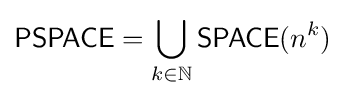
{\mathsf {PSPACE}}=\bigcup _{k\in \mathbb {N} }{\mathsf {SPACE}}(n^{k})